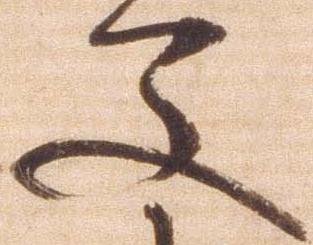
又